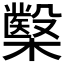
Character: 𭬢